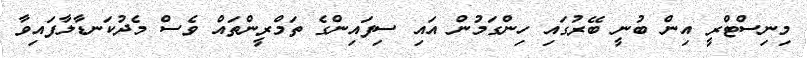
މިނިސްޓްރީ އިން ބުނީ ބޭރުގައި ހިންގަމުން އައި ސިފައިންގެ ތަމްރީންތައް ވެސް މެދުކަނޑާލާފައިވާ